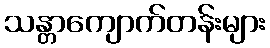
သန္တာကျောက်တန်းများ